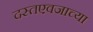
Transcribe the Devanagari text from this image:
दस्तएवजाच्या